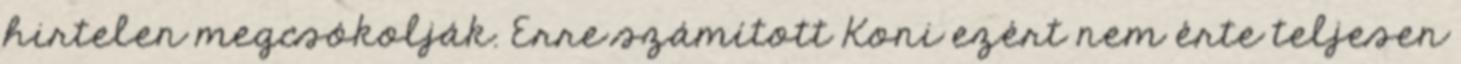
hirtelen megcsókolják. Erre számított Koni ezért nem érte teljesen